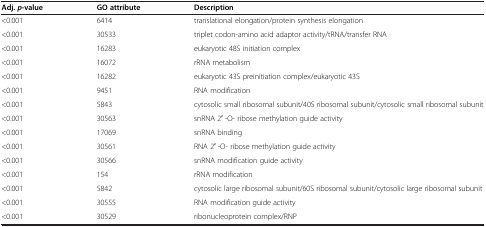
<table><thead><tr><td><b>Adj. <i>p</i>-value</b></td><td><b>GO attribute</b></td><td><b>Description</b></td></tr></thead><tbody><tr><td>&lt;0.001</td><td>6414</td><td>translational elongation/protein synthesis elongation</td></tr><tr><td>&lt;0.001</td><td>30533</td><td>triplet codon-amino acid adaptor activity/tRNA/transfer RNA</td></tr><tr><td>&lt;0.001</td><td>16283</td><td>eukaryotic 48S initiation complex</td></tr><tr><td>&lt;0.001</td><td>16072</td><td>rRNA metabolism</td></tr><tr><td>&lt;0.001</td><td>16282</td><td>eukaryotic 43S preinitiation complex/eukaryotic 43S</td></tr><tr><td>&lt;0.001</td><td>9451</td><td>RNA modification</td></tr><tr><td>&lt;0.001</td><td>5843</td><td>cytosolic small ribosomal subunit/40S ribosomal subunit/cytosolic small ribosomal subunit</td></tr><tr><td>&lt;0.001</td><td>30563</td><td>snRNA 2′ -O- ribose methylation guide activity</td></tr><tr><td>&lt;0.001</td><td>17069</td><td>snRNA binding</td></tr><tr><td>&lt;0.001</td><td>30561</td><td>RNA 2′ -O- ribose methylation guide activity</td></tr><tr><td>&lt;0.001</td><td>30566</td><td>snRNA modification guide activity</td></tr><tr><td>&lt;0.001</td><td>154</td><td>rRNA modification</td></tr><tr><td>&lt;0.001</td><td>5842</td><td>cytosolic large ribosomal subunit/60S ribosomal subunit/cytosolic large ribosomal subunit</td></tr><tr><td>&lt;0.001</td><td>30555</td><td>RNA modification guide activity</td></tr><tr><td>&lt;0.001</td><td>30529</td><td>ribonucleoprotein complex/RNP</td></tr></tbody></table>